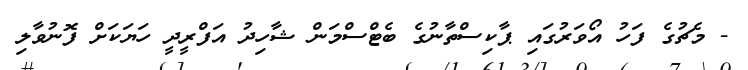
- މެޗުގެ ފަހު އޯވަރުގައި ޕާކިސްތާނުގެ ބެޓްސްމަން ޝާހިދު އަފްރީދީ ހަޔަކަށް ފޮނުވާލި